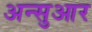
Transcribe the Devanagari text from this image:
अन्सुआर